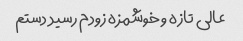
عالی تازه و خوشمزه زودم رسید دستم